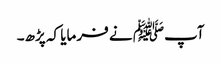
آپﷺ نے فرمایا کہ پڑھ۔